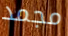
مجمد